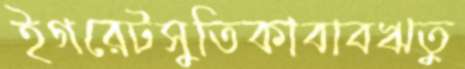
ইগরেটসুতিকাবাবঋতু